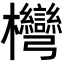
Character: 𣡩